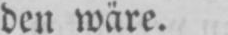
den wäre.